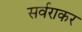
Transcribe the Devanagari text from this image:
सर्वराकर